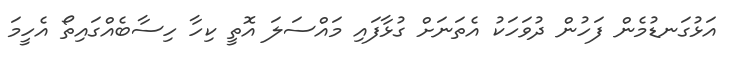
އަޅުގަނޑުމެން ފަހުން ދުވަހަކު އެތަނަށް ގުޅާފައި މައްސަލަ އޮތީ ކިހާ ހިސާބެއްގައިތޯ އެހީމަ